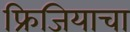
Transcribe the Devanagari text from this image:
फ्रिजियाचा